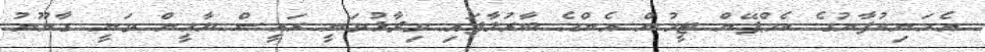
އެމަނިކުފާނުގެ ކެމްޕޭން ޓީމުން އެންމެ ބާރުލާފައި ވިދާޅުވަނީ ރައީސް ޔާމީން ވަނީ ގާނޫނު